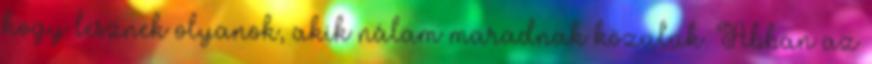
hogy lesznek olyanok, akik nálam maradnak közülük. Abban az